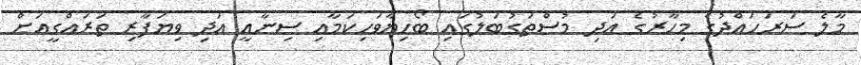
މާލެ ސަރަހައްދުގެ މިހާރުގެ އަދި މުސްތަގުބަލުގައި ބޯހިޔާވަހިކަމާއި ސިނާއީ އަދި ވިޔަފާރި ތަރައްގީއަށް